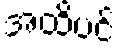
အထိပင်